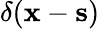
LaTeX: \delta({\mathbf x}-{\mathbf s})